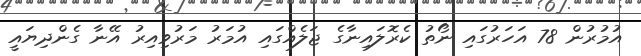
އުމުރުން 78 އަހަރުގައި ނޯތު ކެރޮލައިނާގެ ޖަލެއްގައި އުމަރު މަރުވިއިރު އޭނާ ގެންދިޔައީ